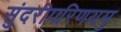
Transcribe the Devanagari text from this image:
सुंदरीपरिणयमु